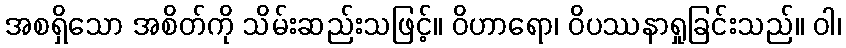
အစရှိသော အစိတ်ကို သိမ်းဆည်းသဖြင့်။ ဝိဟာရော၊ ဝိပဿနာရှုခြင်းသည်။ ဝါ၊